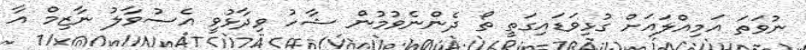
ނުވަތަ އަމިއްލައަށް ގުޅިވަޑައިގަތީ ތޯ ދެންނެވުމުން ޝާހު ވިދާޅުވީ އެސުވާލު ނާޒިމް އާ